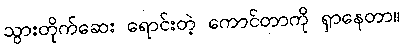
သွားတိုက်ဆေး ရောင်းတဲ့ ကောင်တာကို ရှာနေတာ။